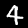
Digit: 4